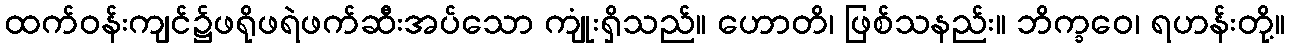
ထက်ဝန်းကျင်၌ဖရိုဖရဲဖက်ဆီးအပ်သော ကျုံးရှိသည်။ ဟောတိ၊ ဖြစ်သနည်း။ ဘိက္ခဝေ၊ ရဟန်းတို့။